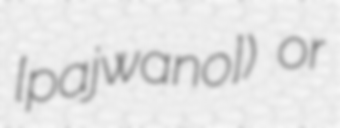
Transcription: [pajˈɣwano]) or